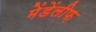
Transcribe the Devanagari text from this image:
मेंडेंलीफ़